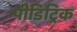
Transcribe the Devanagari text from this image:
पीडिट्रिक